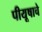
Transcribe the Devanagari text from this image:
पीयूषाचे